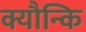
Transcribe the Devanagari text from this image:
क्यौन्कि